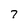
Character: 7